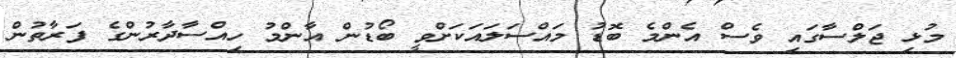
މުޅި ޖަލްސާގައި ވެސް އެންމެ ބޮޑު މައްސަލައަކަށްވީ ބޯޑުން އާންމު ހިއްސާދާރުންގެ ފަރާތުން